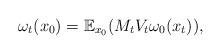
LaTeX: \begin{align*}\omega_t(x_0)=\mathbb E_{x_0}(M_tV_t\omega_0(x_t)),\end{align*}